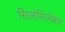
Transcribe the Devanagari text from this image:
सिलसिलेबार